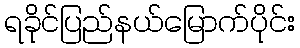
ရခိုင်ပြည်နယ်မြောက်ပိုင်း